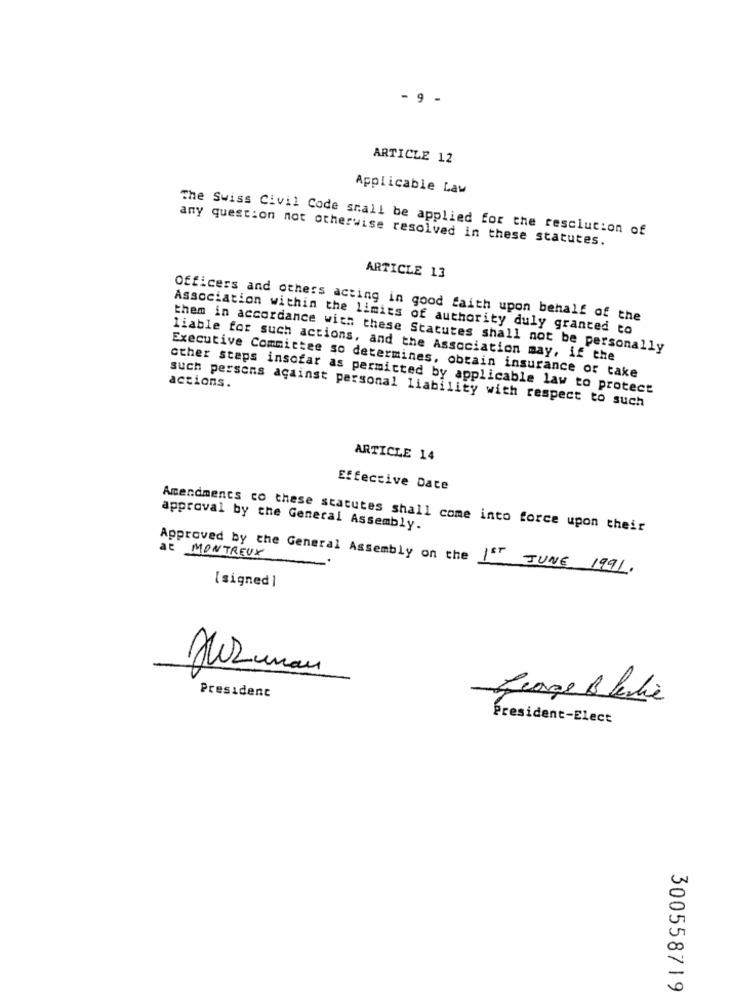
- 9 -
ARTICLE 12
Applicable Law
The Swiss Civil Code shall be applied for the resolution of
any question not otherwise resolved in these statutes.
ARTICLE 13
Officers and others acting in good faith upon behalf of the
Association within the limits of authority duly granted to
them in accordance with these Statutes shall not be personally
liable for such actions, and the Association may, if the
Executive Committee so determines, obtain insurance or take
actions.
other staps insofar as permitted by applicable law to protect
such persons against personal liability with respect to such
ARTICLE 14
Effective Date
approval by the General Assembly.
Amendments co these statutes shall come into force upon their
at MONTREUX
Approved by the General Assembly on the 1st JUNE 1991.
[signed ]
Herman
President
George Blevie
President-Elect
00
0
300558719